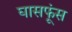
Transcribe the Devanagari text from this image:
घासफूंस